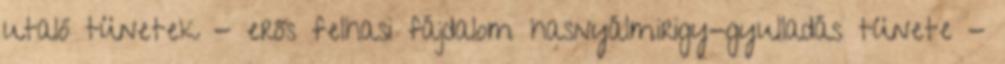
utaló tünetek - erős felhasi fájdalom hasnyálmirigy-gyulladás tünete -